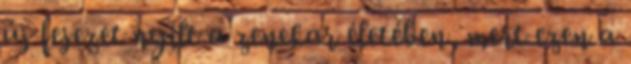
új fejezet nyílt a zenekar életében, mert ezen a